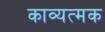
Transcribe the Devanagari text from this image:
काव्यत्मक